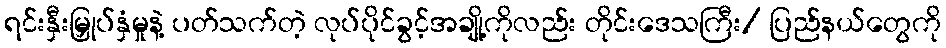
ရင်းနှီးမြှုပ်နှံမှုနဲ့ ပတ်သက်တဲ့ လုပ်ပိုင်ခွင့်အချို့ကိုလည်း တိုင်းဒေသကြီး/ ပြည်နယ်တွေကို